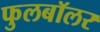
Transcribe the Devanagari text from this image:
फुलबॉलर